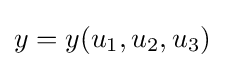
y=y(u_{1},u_{2},u_{3})